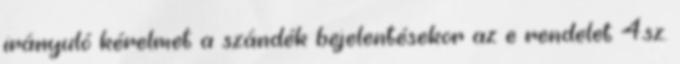
irányuló kérelmet a szándék bejelentésekor az e rendelet 4.sz.